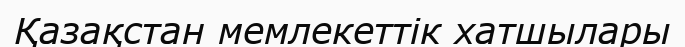
Қазақстан мемлекеттік хатшылары